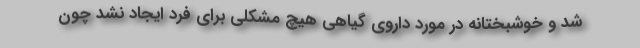
شد و خوشبختانه در مورد داروی گیاهی هیچ مشکلی برای فرد ایجاد نشد چون